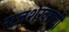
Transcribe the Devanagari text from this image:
राजशेखराची